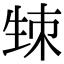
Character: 𤯡